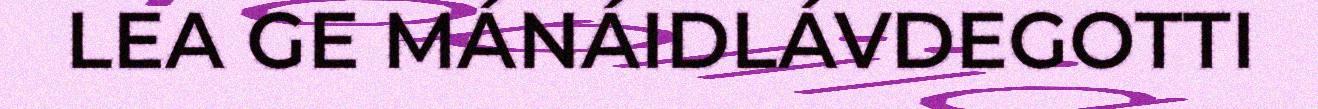
LEA GE MÁNÁIDLÁVDEGOTTI